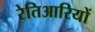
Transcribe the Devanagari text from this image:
रेतिआरियों